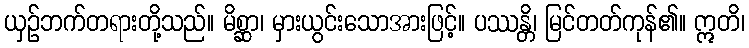
ယှဉ်ဘက်တရားတို့သည်။ မိစ္ဆာ၊ မှားယွင်းသောအားဖြင့်။ ပဿန္တိ၊ မြင်တတ်ကုန်၏။ ဣတိ၊